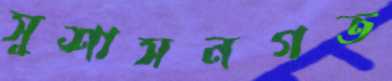
সুশাসনগত